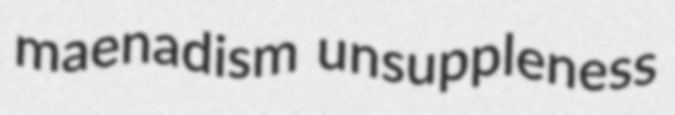
maenadism unsuppleness